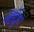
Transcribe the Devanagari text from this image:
गॉफ्